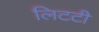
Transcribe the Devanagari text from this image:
लिटटी